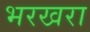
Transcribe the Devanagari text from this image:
भरखरा